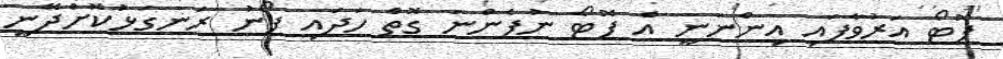
ފޮޓޯ އަރުވާފައި އިންނަނީ އެ ފޮޓޯ ނުފެންނަ ގޮތް ހަދައި ފޯނު ރަނގަޅުކޮށްދޭނީ